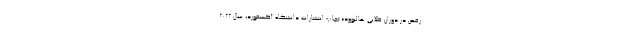
رقص در دوران طلایی هالیوود» (چاپ انتشارات دانشگاه آکسفورد، سال ۲۰۲۲